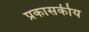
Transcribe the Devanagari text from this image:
प्रकासकीय